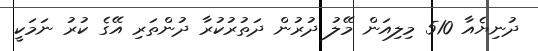
ދުނިޔެއާ 510 މިލިއަން މޭލު ދުރުން ދަތުރުކުރާ ދުންތަރި އޭގެ ކުރު ނަމަކީ